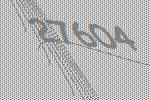
27604